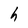
Character: h